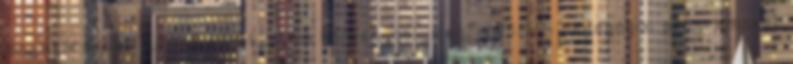
lényegéről szóljunk. A közoktatási törvénynek megfelelően a pedagógiai programokat